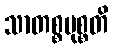
သာတစ္စမုစ္စတိ